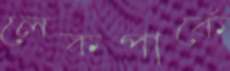
লেকপার্কে